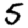
Digit: 5